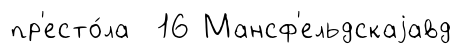
пр'есто́ла 16 Мансф'ельдскаjавд